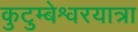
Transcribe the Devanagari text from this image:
कुटुम्बेश्वरयात्रा